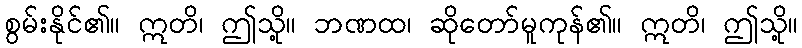
စွမ်းနိုင်၏။ ဣတိ၊ ဤသို့။ ဘဏထ၊ ဆိုတော်မူကုန်၏။ ဣတိ၊ ဤသို့။